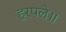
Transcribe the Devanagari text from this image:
हरपले॥